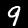
Label: 9